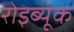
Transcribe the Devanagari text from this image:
रोइब्यूक